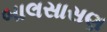
બાલસાસણ